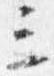
三